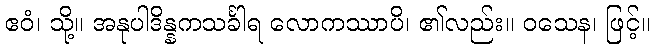
ဧဝံ၊ သို့။ အနုပါဒိန္နကသင်္ခါရ လောကဿာပိ၊ ၏လည်း။ ဝသေန၊ ဖြင့်။